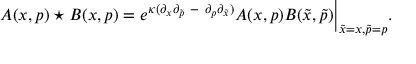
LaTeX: A ( x , p ) \star B ( x , p ) = e ^ { \kappa ( \partial _ { x } \partial _ { \widetilde { p } } { ~ } - { ~ } \partial _ { p } \partial _ { \widetilde { x } } ) } A ( x , p ) B ( { \widetilde { x } } , { \widetilde { p } } ) \Big | _ { { \widetilde { x } = x } , { \widetilde { p } = p } } .